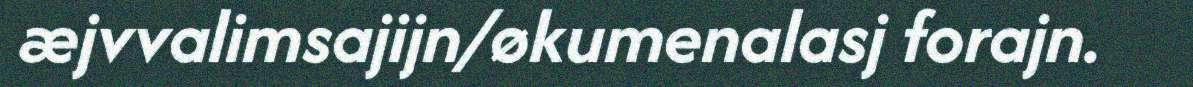
æjvvalimsajijn/økumenalasj forajn.